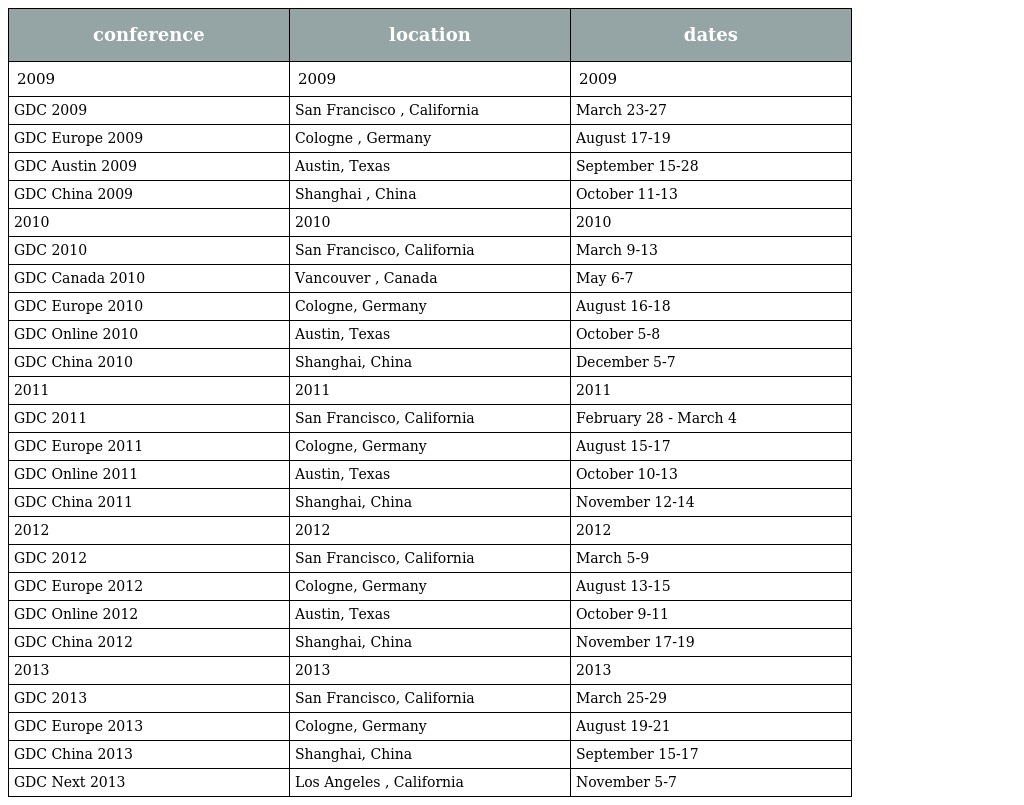
| conference | location | dates |
 | --- | --- | --- |
 | 2009 | 2009 | 2009 |
 | GDC 2009 | San Francisco , California | March 23-27 |
 | GDC Europe 2009 | Cologne , Germany | August 17-19 |
 | GDC Austin 2009 | Austin, Texas | September 15-28 |
 | GDC China 2009 | Shanghai , China | October 11-13 |
 | 2010 | 2010 | 2010 |
 | GDC 2010 | San Francisco, California | March 9-13 |
 | GDC Canada 2010 | Vancouver , Canada | May 6-7 |
 | GDC Europe 2010 | Cologne, Germany | August 16-18 |
 | GDC Online 2010 | Austin, Texas | October 5-8 |
 | GDC China 2010 | Shanghai, China | December 5-7 |
 | 2011 | 2011 | 2011 |
 | GDC 2011 | San Francisco, California | February 28 - March 4 |
 | GDC Europe 2011 | Cologne, Germany | August 15-17 |
 | GDC Online 2011 | Austin, Texas | October 10-13 |
 | GDC China 2011 | Shanghai, China | November 12-14 |
 | 2012 | 2012 | 2012 |
 | GDC 2012 | San Francisco, California | March 5-9 |
 | GDC Europe 2012 | Cologne, Germany | August 13-15 |
 | GDC Online 2012 | Austin, Texas | October 9-11 |
 | GDC China 2012 | Shanghai, China | November 17-19 |
 | 2013 | 2013 | 2013 |
 | GDC 2013 | San Francisco, California | March 25-29 |
 | GDC Europe 2013 | Cologne, Germany | August 19-21 |
 | GDC China 2013 | Shanghai, China | September 15-17 |
 | GDC Next 2013 | Los Angeles , California | November 5-7 |